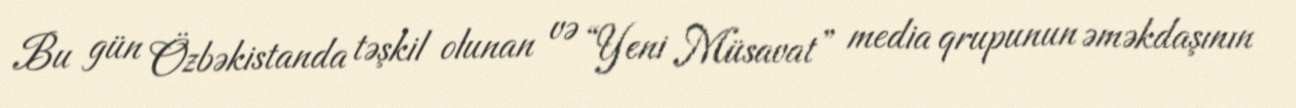
Bu gün Özbəkistanda təşkil olunan və “Yeni Müsavat” media qrupunun əməkdaşının